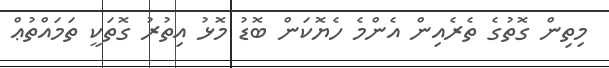
މިތިން ގޮތުގެ ތެރެއިން އެންމެ ހެޔޮކަން ބޮޑު މޮޅު އިތުރު ގޮތަކީ ތަމައްތުޢް